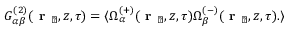
\begin{array} { r } { G _ { \alpha \beta } ^ { ( 2 ) } ( \textbf { r } _ { \perp } , z , \tau ) = \langle \Omega _ { \alpha } ^ { ( + ) } ( \textbf { r } _ { \perp } , z , \tau ) \Omega _ { \beta } ^ { ( - ) } ( \textbf { r } _ { \perp } , z , \tau ) . \rangle } \end{array}